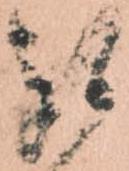
被